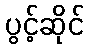
ပွင့်ဆိုင်